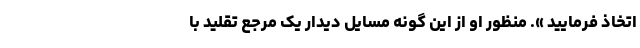
اتخاذ فرمایید ». منظور او از این گونه مسایل دیدار یک مرجع تقلید با